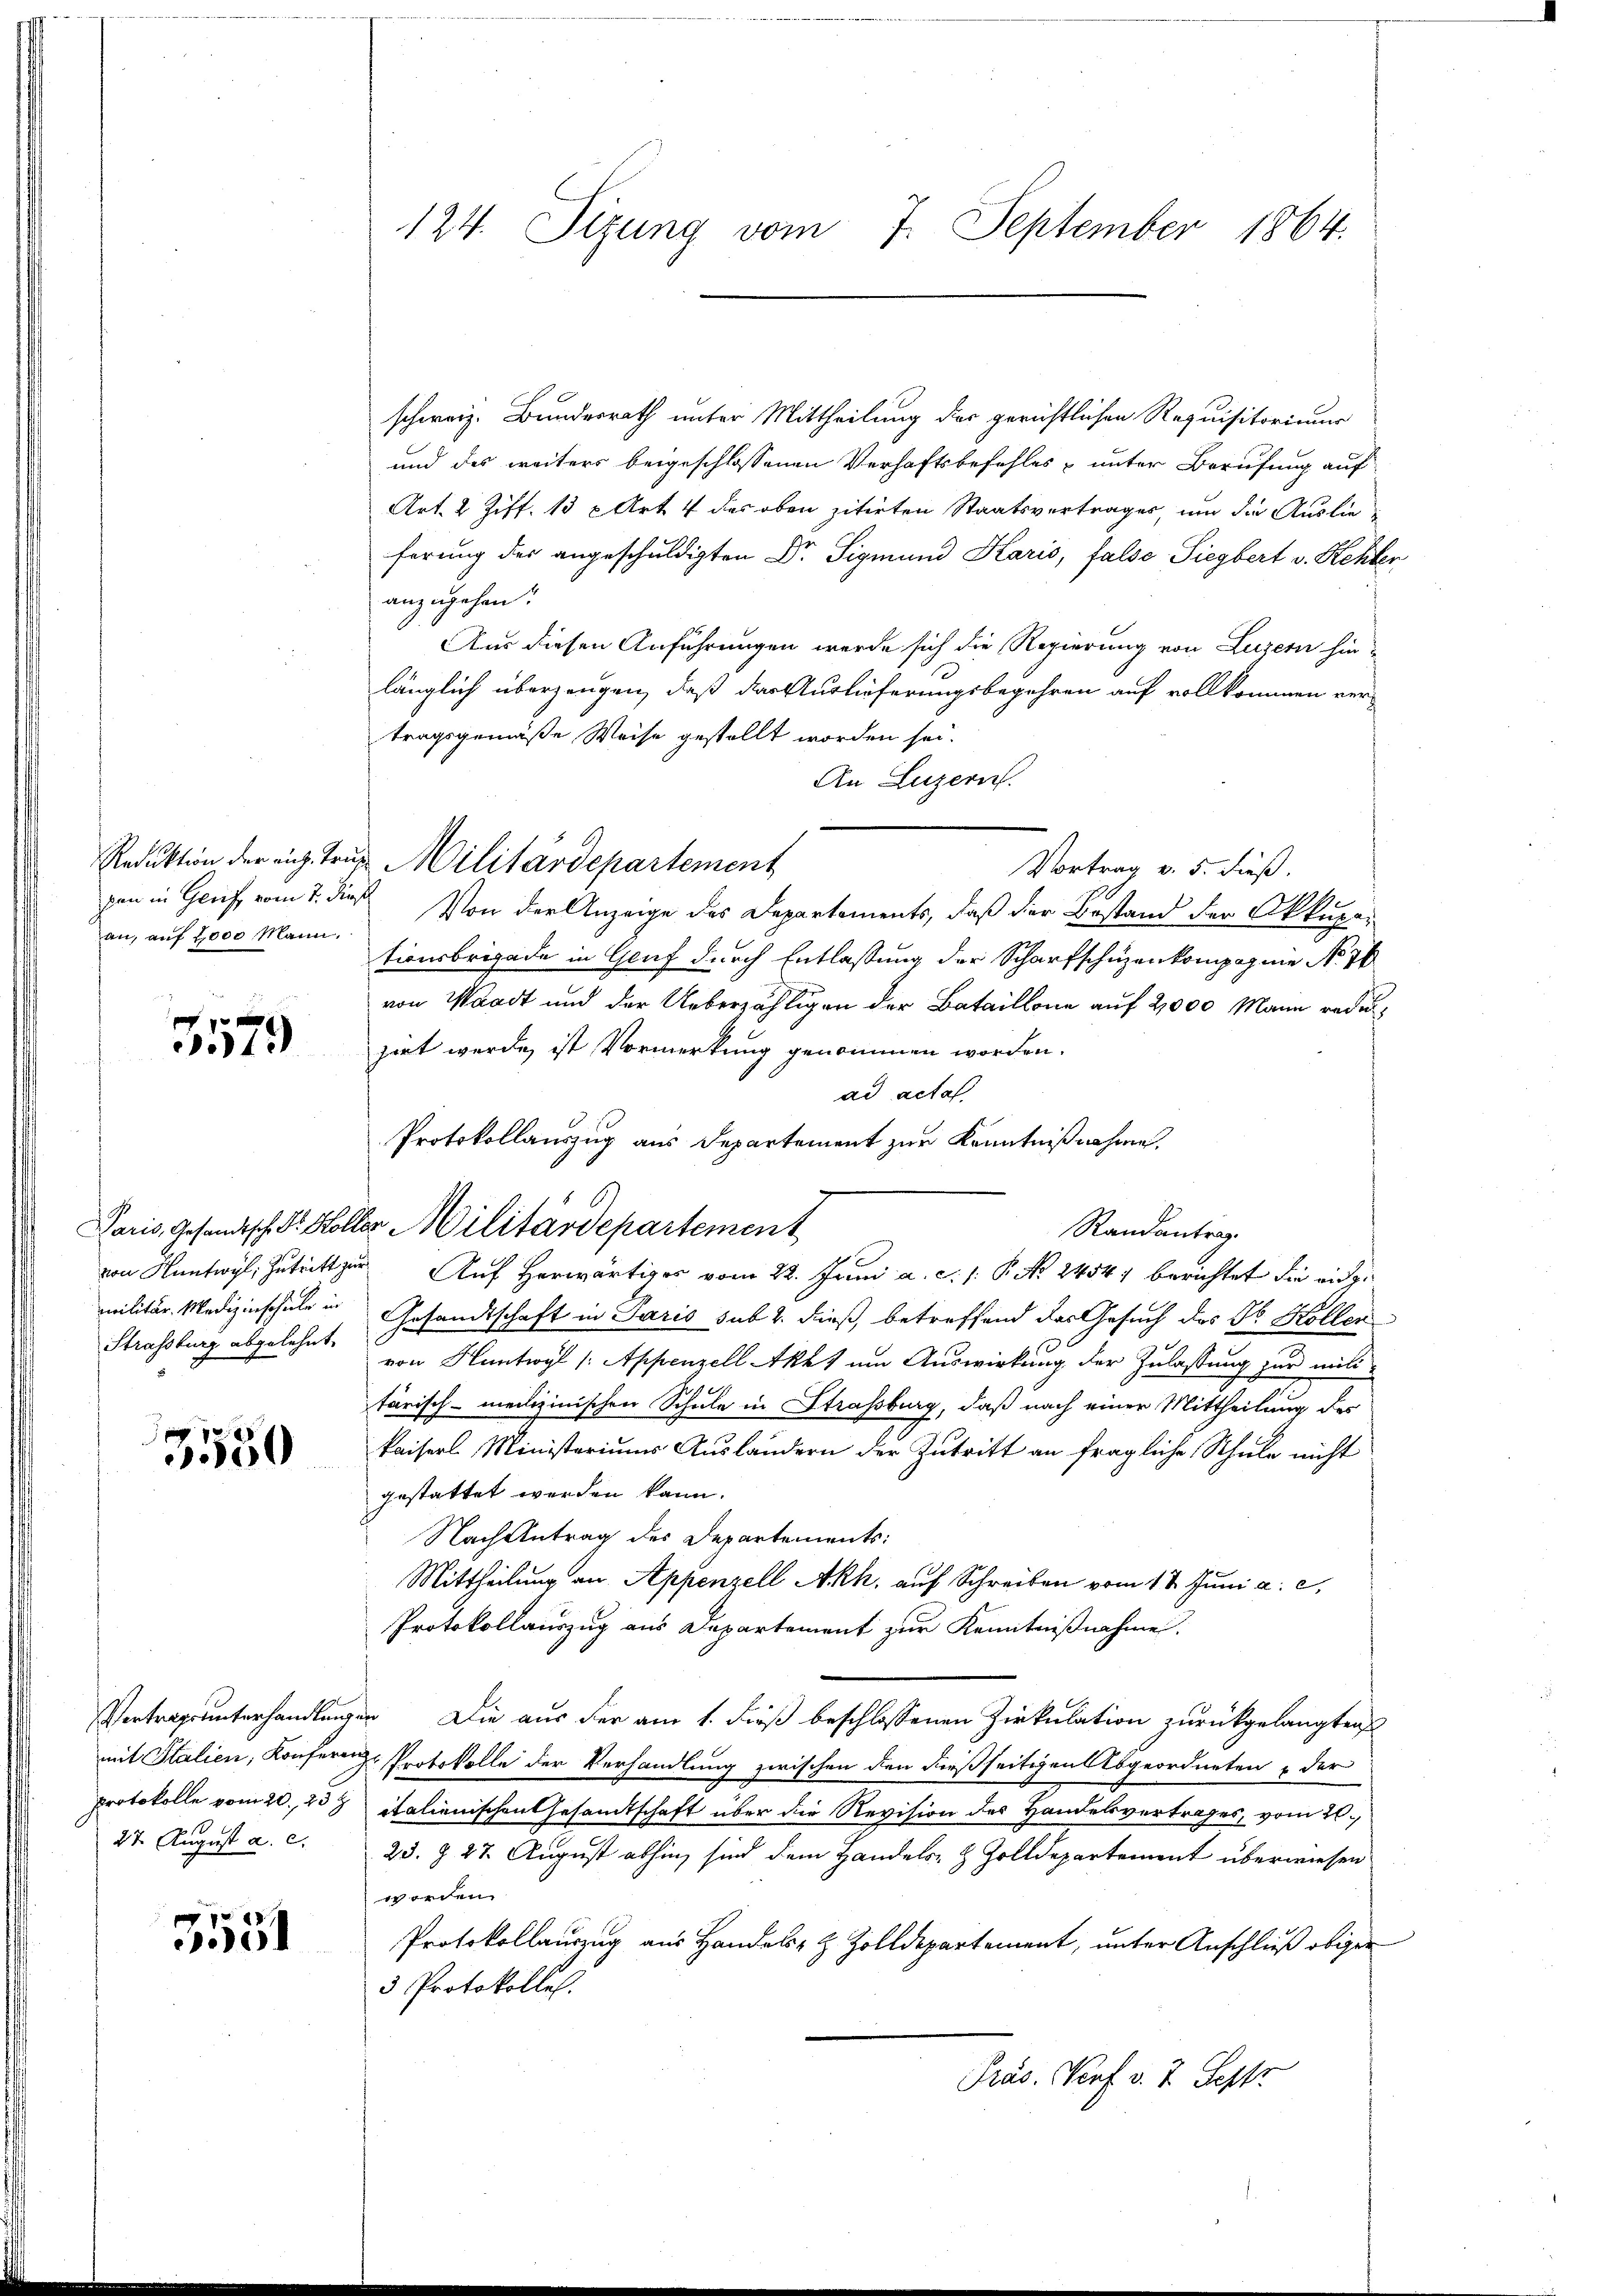
an, auf 2000 Mann.

f 0 x
49

militär. Medizierschule in
Strassburg abgelehnt.

3550

protokolle vom 20. 25 t
27. August a. c.

51

124. Sizung vom 7. September 1864.

schweiz. Bundesrath unter Mittheilung der gerichtlichen Requisitorium
und des weiters beigeschlossenen Verhaftsbefehles u unter Berufung auf
Art. 2 Ziff. 13 x Art. 4 des oben zitirten Staatsvertrages, um die Auslieferung der angeschuldigten Dr. Sigmund Karis, false Siegbert v. Rehler
anzugehen.
Aus diesen Anführungen werde sich die Regierung von Luzern hinlänglich überzeugen, daß das Auslieferungsbegehren auf vollkommen vertragsgemäße Weise gestellt worden sei.
An Luzern.
Reduktion der einz. trug Militärdepartement
Vortrag v. 5. dieß.
von in Genf vom 7. dieß Von der Anzeige des Departements, daß der Bestand der Okkupationsbrigade in Genf durch Entlassung der Scharfschüzenkompagnie No 76
von Waadt und der Ueberzähligen der Bataillone auf 2000 Mann rede
zirt werde ist Vormerkung genommen worden.
ad actaf
Protokollauszug aus Departement zur Kenntnißnahme.
Paris, Gesandtsch. Dr. Holler Militärdepartement
Randantrag.
von Hüntwyl, Zutritt zur Auf herwärtiges vom 22. Juni a. c. 1. P. Nr. 2454) berichtet die eidge
Gesandtschaft in Paris sub 2. dieß, betreffend das Gesuch des Dr. Kollen
von Hüntwyl /: Appenzell Akht um Auswirkung der Zulassung zur miti-
tärisch-medizinischen Schule in Strassburg, daß nach einer Mittheilung des
Paisers Ministeriums Ausländern der Zutritt an fragliche Schule nicht
gestattet werden kann.
Nach Antrag des Departements:
Mittheilung an Appenzell Akh, auf Schreiben vom 17. Juni a. c.
Protokollauszug aus Departement zur Kenntnißnahme.
Vertragsunterhandlungen Die aus der am 1. dieß beschlossenen Zirkulation zurückgelangten
mit Stalien, Konferenz-Protokolle der Verhandlung zwischen den dießseitigen Abgeordneten der
italienischen Gesamtschaft über die Revision des Handelsvertrages, vom 20.
23. § 27. August abhin, sind dem Handels- & Zolldepartement überwiesen
worden
Protokollauszug aus Handels- & Zolldepartement, unter Anschluß obiger
3 Protokolle.
Präs. Prof. v. 7. Sept.